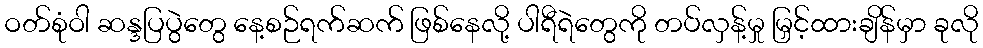
ဝတ်စုံဝါ ဆန္ဒပြပွဲတွေ နေ့စဉ်ရက်ဆက် ဖြစ်နေလို့ ပါရီရဲတွေကို တပ်လှန့်မှု မြှင့်ထားချိန်မှာ ခုလို